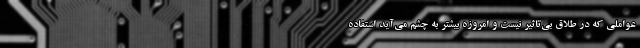
عواملی که در طلاق بی‌تاثیر نیست و امروزه بیشتر به چشم می‌آید استفاده